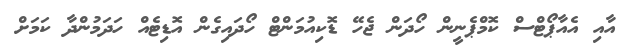
އާއި އެއާޕޯޓްސް ކޮމްޕެނީން ހޯދަން ޖެހޭ ޑޮކިއުމަންޓް ހޯދައިގެން އޮޑިޓެއް ހަދަމުންދާ ކަމަށް